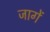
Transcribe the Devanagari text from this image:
जागें